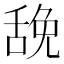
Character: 𰰃